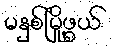
မနှစ်မြို့ဖွယ်